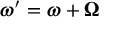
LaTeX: { \boldsymbol { \omega } } ^ { \prime } = { \boldsymbol { \omega } } + { \boldsymbol { \Omega } }